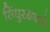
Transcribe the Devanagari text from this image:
सिंधुरक्षकचे